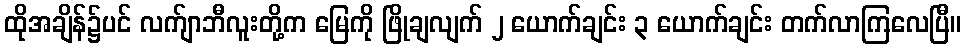
ထိုအချိန်၌ပင် လက်ျာဘီလူးတို့က မြေကို ဖြိုချလျက် ၂ ယောက်ချင်း ၃ ယောက်ချင်း တက်လာကြလေပြီ။